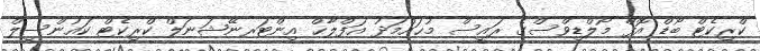
ކްރިކެޓް ބޯޑް އޮފް މޯލްޑިވްސްގެ ރައީސް މުޙައްމަދު އަފްލާޙް އިންޓަރނޭޝަނަލް ކްރިކެޓް ކައުންސިލް